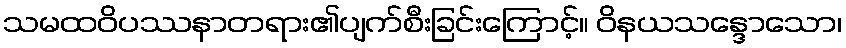
သမထဝိပဿနာတရား၏ပျက်စီးခြင်းကြောင့်။ ဝိနယသန္ဒောသော၊